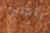
الكثير